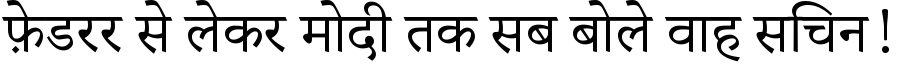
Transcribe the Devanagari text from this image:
फ़ेडरर से लेकर मोदी तक सब बोले वाह सचिन!